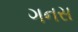
ગનસ